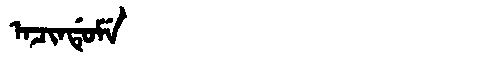
Manchu: ᠠᠴᡳᠨᡩᡠᠮᡝ
Romanization: ACINDUME